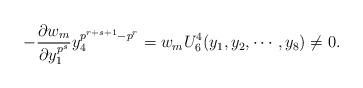
LaTeX: \begin{align*} -\frac{\partial w_m}{\partial y_1^{p^s}}y_4^{p^{r+s+1}-p^r}=w_m U_6^4(y_1, y_2, \cdots, y_8) \neq0. \end{align*}